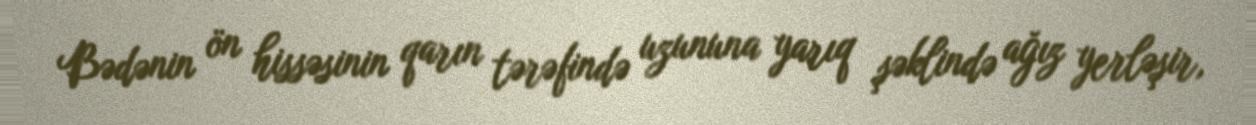
Bədənin ön hissəsinin qarın tərəfində uzununa yarıq şəklində ağız yerləşir,